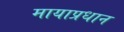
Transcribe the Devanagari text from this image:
मायाप्रधान